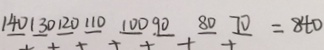
1 4 0 1 3 0 1 2 0 1 1 0 1 0 0 9 0 8 0 7 0 = 8 4 0